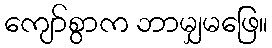
ကျော်စွာက ဘာမျှမဖြေ။